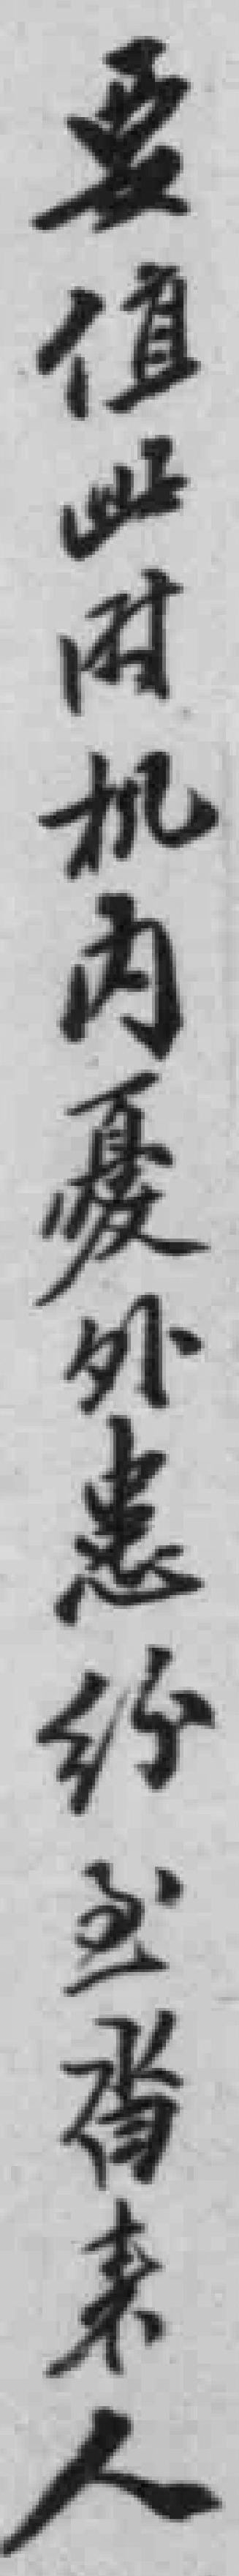
要值此机內憂外患紛至沓來人